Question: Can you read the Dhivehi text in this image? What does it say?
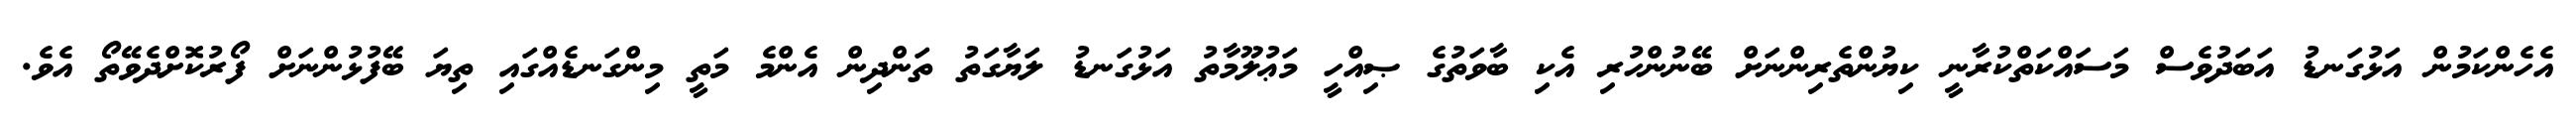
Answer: އެހެންކަމުން އަޅުގަނޑު އަބަދުވެސް މަސައްކަތްކުރާނީ ކިޔުންތެރިންނަށް ބޭނުންހުރި އެކި ބާވަތުގެ ޞިއްހީ މަޢުލޫމާތު އަޅުގަނޑު ލަޔާގަތު ތަންދިން އެންމެ މަތީ މިންގަނޑެއްގައި ތިޔަ ބޭފުޅުންނަށް ފޯރުކޮށްދެވޭތޯ އެވެ.